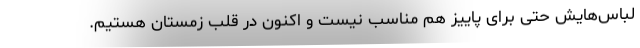
لباس‌هایش حتی برای پاییز هم مناسب نیست و اکنون در قلب زمستان هستیم.